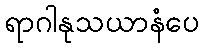
ရာဂါနုသယာနံပေ